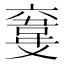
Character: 𩎮